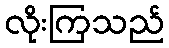
လိုးကြသည်